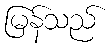
မြန်သည်